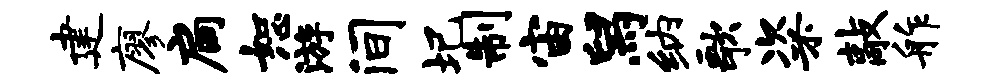
建廖扃恕游间圯制宙舄纳歌粢敲舴